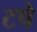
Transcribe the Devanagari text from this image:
टपे